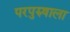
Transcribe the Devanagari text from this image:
परपुरुषाला